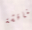
مناقشة